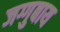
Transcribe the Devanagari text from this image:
जग्गुबाय